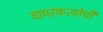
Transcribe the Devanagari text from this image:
वापरकर्त्यांची